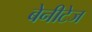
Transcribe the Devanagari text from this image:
बेनीटेज